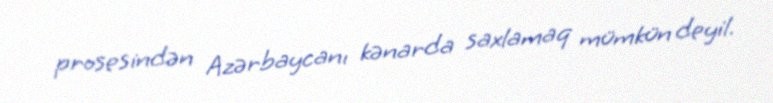
prosesindən Azərbaycanı kənarda saxlamaq mümkün deyil.